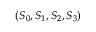
( S _ { 0 } , S _ { 1 } , S _ { 2 } , S _ { 3 } )